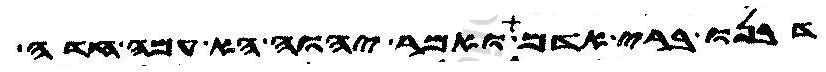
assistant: דבנו ברי אדם ואמר יהוה הא עמה חדה